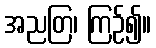
အညတြ၊ ကြဉ်၍။